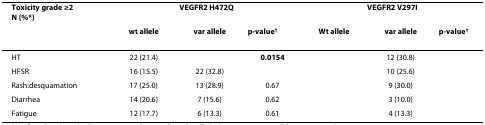
<table><thead><tr><td><b>Toxicity grade ≥2N (%*)</b></td><td colspan="3"><b>VEGFR2 H472Q</b></td><td colspan="3"><b>VEGFR2 V297I</b></td></tr><tr><td>[EMPTY_CELL]</td><td><b>wt allele</b></td><td><b>var allele</b></td><td><b>p-value<sup>†</sup></b></td><td><b>Wt allele</b></td><td><b>var allele</b></td><td><b>p-value<sup>†</sup></b></td></tr></thead><tbody><tr><td>HT</td><td>22 (21.4)</td><td>[EMPTY_CELL]</td><td><b>0.0154</b></td><td>[EMPTY_CELL]</td><td>12 (30.8)</td><td>[EMPTY_CELL]</td></tr><tr><td>HFSR</td><td>16 (15.5)</td><td>22 (32.8)</td><td>[EMPTY_CELL]</td><td>[EMPTY_CELL]</td><td>10 (25.6)</td><td>[EMPTY_CELL]</td></tr><tr><td>Rash:desquamation</td><td>17 (25.0)</td><td>13 (28.9)</td><td>0.67</td><td>[EMPTY_CELL]</td><td>9 (30.0)</td><td>[EMPTY_CELL]</td></tr><tr><td>Diarrhea</td><td>14 (20.6)</td><td>7 (15.6)</td><td>0.62</td><td>[EMPTY_CELL]</td><td>3 (10.0)</td><td>[EMPTY_CELL]</td></tr><tr><td>Fatigue</td><td>12 (17.7)</td><td>6 (13.3)</td><td>0.61</td><td>[EMPTY_CELL]</td><td>4 (13.3)</td><td>[EMPTY_CELL]</td></tr></tbody></table>